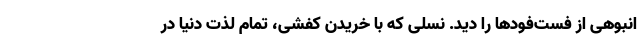
انبوهی از فست‌فودها را دید. نسلی که با خریدن کفشی، تمام لذت دنیا در